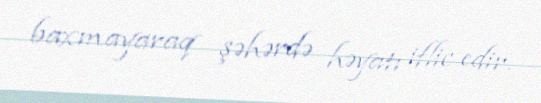
baxmayaraq şəhərdə həyatı iflic edir.